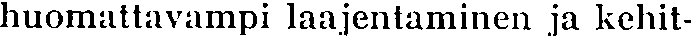
huomattavampi laajentaminen ja kehit-